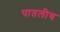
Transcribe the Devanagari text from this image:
पातलीय